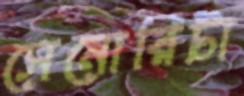
সেনোরিটা